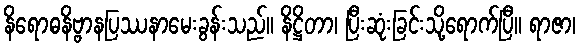
နိရောဓနိဗ္ဗာနပြဿနာမေးခွန်းသည်။ နိဋ္ဌိတာ၊ ပြီးဆုံးခြင်းသို့ရောက်ပြီ။ ရာဇာ၊